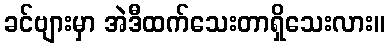
ခင်ဗျားမှာ အဲဒီထက်သေးတာရှိသေးလား။